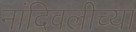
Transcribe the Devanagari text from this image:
नांदिवलीच्या